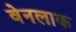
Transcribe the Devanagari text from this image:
वेनलाक